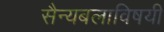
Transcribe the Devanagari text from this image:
सैन्यबलाविषयी